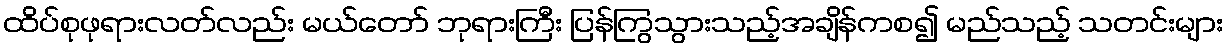
ထိပ်စုဖုရားလတ်လည်း မယ်တော် ဘုရားကြီး ပြန်ကြွသွားသည့်အချိန်ကစ၍ မည်သည့် သတင်းများ